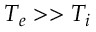
T _ { e } > > T _ { i }